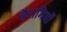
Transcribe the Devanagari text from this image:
बैरागियों